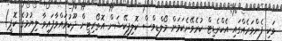
ވަކި ފެންވަރެއްގައި އެކްރެޑިޓް ކުރެވޭނެކަމަށް މޯލްޑިވްސް ކޮލިފިކޭޝަން އޮތޯރިޓީން ދޫކުރައްވާފައިވާ ލިޔުމުގެ ކޮޕީ)